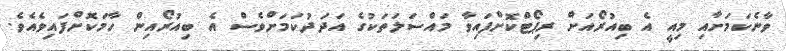
ވާނެކަމަށާއި މިއީ އެ ބިއުރޯއަށް ރިޕޯޓްކޮށްފައިވާ މައްސަލަތަކުގެ އަދަދުކަމަށްވެސް އެ ބިއުރޯއިން ހާމަކޮށްފައިވެއެވެ.